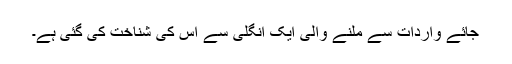
جائے واردات سے ملنے والی ایک انگلی سے اُس کی شناخت کی گئی ہے۔